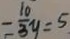
= \frac { 1 0 } { 3 } y = 5